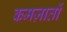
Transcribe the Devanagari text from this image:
कमज़ातों